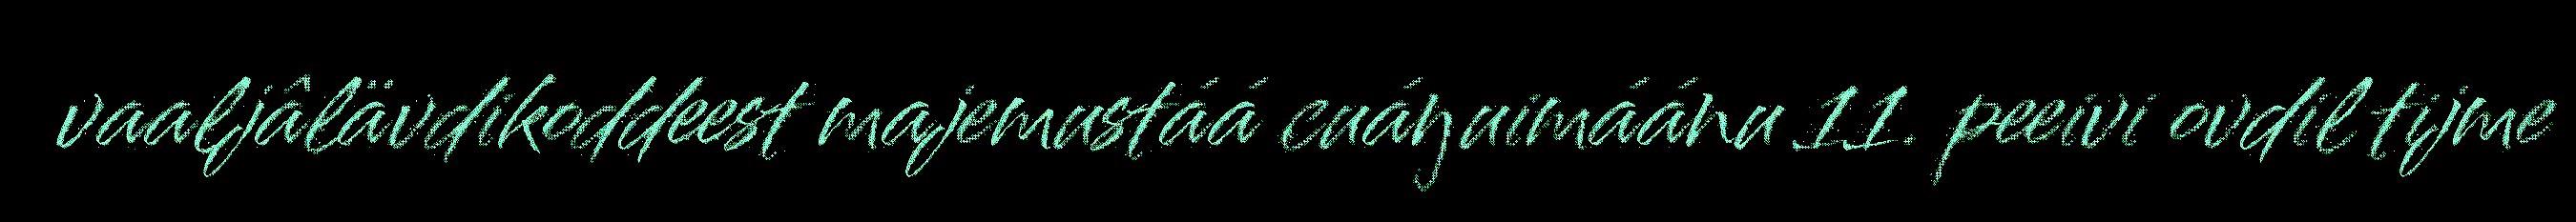
vaaljâlävdikoddeest majemustáá cuáŋuimáánu 11. peeivi ovdil tijme